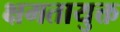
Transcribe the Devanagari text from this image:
क्षमतायुक्त